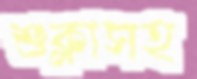
শুক্লাসহ